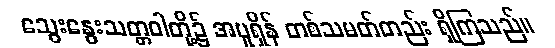
သွေးနွေးသတ္တဝါတို့၌ အပူရှိန် တစ်သမတ်တည်း ရှိကြသည်။